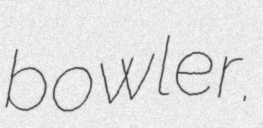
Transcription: bowler.